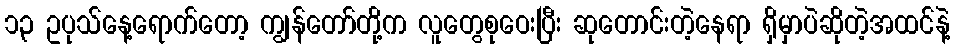
၁၃ ဥပုသ်နေ့ရောက်တော့ ကျွန်တော်တို့က လူတွေစုဝေးပြီး ဆုတောင်းတဲ့နေရာ ရှိမှာပဲဆိုတဲ့အထင်နဲ့